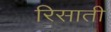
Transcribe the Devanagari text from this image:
रिसाती